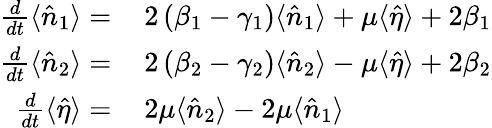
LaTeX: \begin{array}{rl}{\frac{d}{dt}\langle\hat{n}_{1}\rangle=}&{{}\, 2\left(\beta_{1}-\gamma_{1}\right)\langle\hat{n}_{1}\rangle+\mu\langle\hat{\eta}\rangle+2\beta_{1}}\\ {\frac{d}{dt}\langle\hat{n}_{2}\rangle=}&{{}\, 2\left(\beta_{2}-\gamma_{2}\right)\langle\hat{n}_{2}\rangle-\mu\langle\hat{\eta}\rangle+2\beta_{2}}\\ {\frac{d}{dt}\langle\hat{\eta}\rangle=}&{{}\, 2\mu\langle\hat{n}_{2}\rangle-2\mu\langle\hat{n}_{1}\rangle}\end{array}